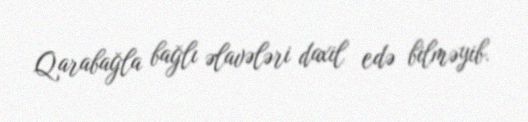
Qarabağla bağlı əlavələri daxil edə bilməyib.